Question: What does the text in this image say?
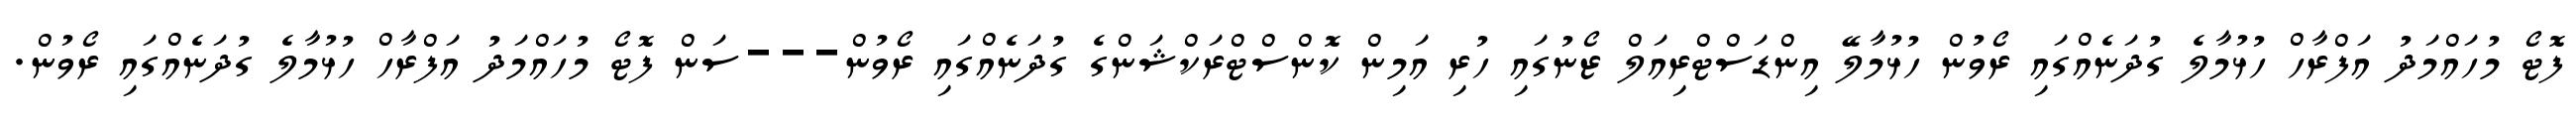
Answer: ފޮޓޯ މުހައްމަދު އަފްރާހް ހުޅުމާލެ ގުދަނެއްގައި ރޯވުން ހުޅުމާލޭ އިންޑަސްޓްރިއަލް ޒޯނުގައި ހުރި އަމިން ކޮންސްޓްރަކްޝަންގެ ގުދަނެއްގައި ރޯވުން---ސަން ފޮޓޯ މުހައްމަދު އަފްރާހް ހުޅުމާލެ ގުދަނެއްގައި ރޯވުން.